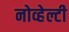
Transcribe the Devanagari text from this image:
नोव्हेल्टी